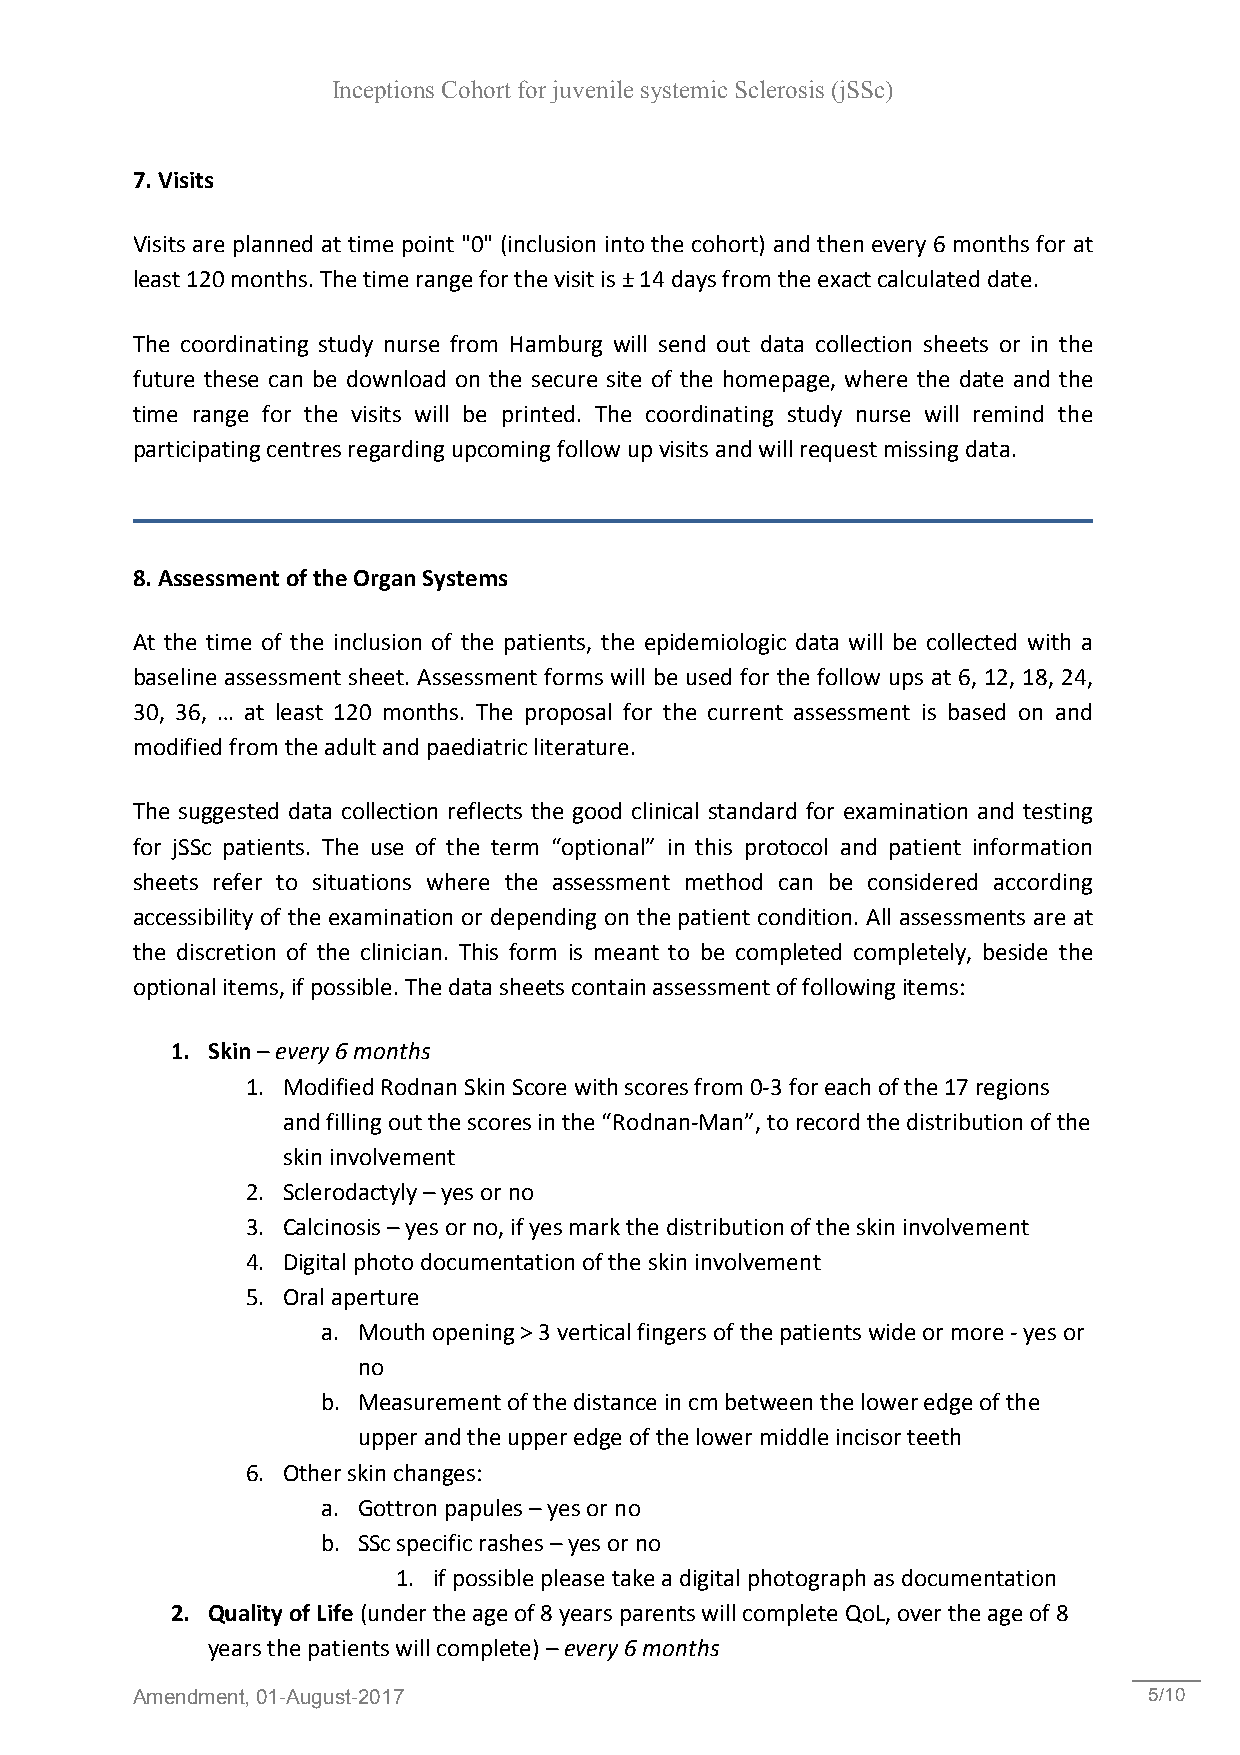
Inceptions Cohort for juvenile systemic Sclerosis (jSSc)
 7. Visits
 Visits are planned at time point "0" (inclusion into the cohort) and then every 6 months for at
 least 120 months. The time range for the visit is ± 14 days from the exact calculated date.
 The coordinating study nurse from Hamburg will send out data collection sheets or in the
 future these can be download on the secure site of the homepage, where the date and the
 time range for the visits will be printed. The coordinating study nurse will remind the
 participating centres regarding upcoming follow up visits and will request missing data.
 8. Assessment of the Organ Systems
 At the time of the inclusion of the patients, the epidemiologic data will be collected with a
 baseline assessment sheet. Assessment forms will be used for the follow ups at 6, 12, 18, 24,
 30, 36, … at least 120 months. The proposal for the current assessment is based on and
 modified from the adult and paediatric literature.
 The suggested data collection reflects the good clinical standard for examination and testing
 for jSSc patients. The use of the term “optional” in this protocol and patient information
 sheets refer to situations where the assessment method can be considered according
 accessibility of the examination or depending on the patient condition. All assessments are at
 the discretion of the clinician. This form is meant to be completed completely, beside the
 optional items, if possible. The data sheets contain assessment of following items:
 1. Skin – every 6 months
 1. Modified Rodnan Skin Score with scores from 0-3 for each of the 17 regions
 and filling out the scores in the “Rodnan-Man”, to record the distribution of the
 skin involvement
 2. Sclerodactyly – yes or no
 3. Calcinosis – yes or no, if yes mark the distribution of the skin involvement
 4. Digital photo documentation of the skin involvement
 5. Oral aperture
 a. Mouth opening > 3 vertical fingers of the patients wide or more - yes or
 no
 b. Measurement of the distance in cm between the lower edge of the
 upper and the upper edge of the lower middle incisor teeth
 6. Other skin changes:
 a. Gottron papules – yes or no
 b. SSc specific rashes – yes or no
 1. if possible please take a digital photograph as documentation
 2. Quality of Life (under the age of 8 years parents will complete QoL, over the age of 8
 years the patients will complete) – every 6 months
 Amendment, 01-August-2017                                          5/10